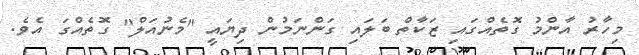
މިހާރު އާންމު ގޮތެއްގައި ޒަކާތް ބަލައި ގަންނަމުން ދިޔައީ "މެނުއަލް" ގޮތެއްގަ އެވެ.